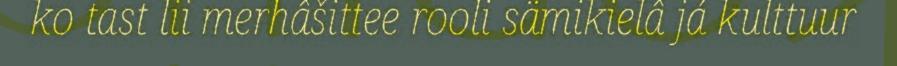
ko tast lii merhâšittee rooli sämikielâ já kulttuur